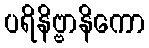
ပရိနိဗ္ဗာနိကော